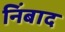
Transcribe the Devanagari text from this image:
निंबाद